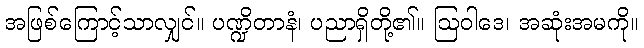
အဖြစ်ကြောင့်သာလျှင်။ ပဏ္ဍိတာနံ၊ ပညာရှိတို့၏။ ဩဝါဒေ၊ အဆုံးအမကို။